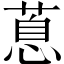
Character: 蒠